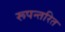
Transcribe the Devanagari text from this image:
रूपन्तरित